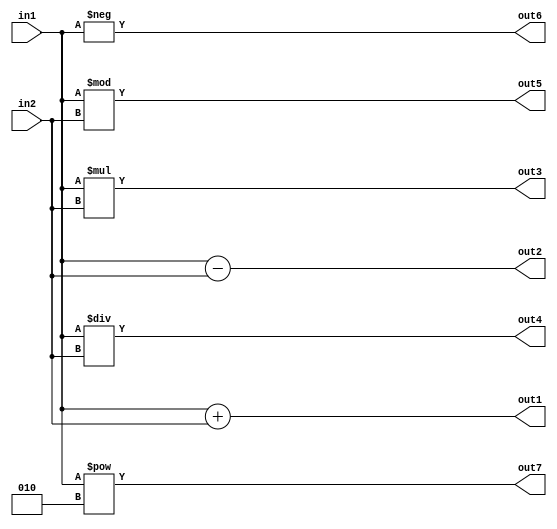
/////////////////////////////////////////////////////////////////////
// ---------------------- IVCAD 2024 Spring ---------------------- //
// ---------------------- Editor : 	David   -----------------------//
// ---------------------- Date : 2024.01    ---------------------- //
// ----------------------      test2        ---------------------- //
// -------------------- Arithmetic operator -----------------------//
/////////////////////////////////////////////////////////////////////
module test2(out1,
             out2,
             out3,
             out4,
             out5,
             out6,
             out7,
             in1, 
             in2);
            
input  [7:0]  in1, in2;
output [8:0]  out1;
output [8:0]  out2;
output [15:0] out3;
output [7:0]  out4;
output [7:0]  out5;
output [7:0]  out6;
output [15:0] out7;

assign out1 = in1 + in2;    // plus
assign out2 = in1 - in2;    // minus
assign out3 = in1 * in2;    // multiply
assign out4 = in1 / in2;    // divided
assign out5 = in1 % in2;    // modulo
assign out6 = -in1;         // Unary Minus
assign out7 = in1 ** 2;     // power

endmodule